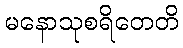
မနောသုစရိတေတိ